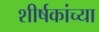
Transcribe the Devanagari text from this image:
शीर्षकांच्या